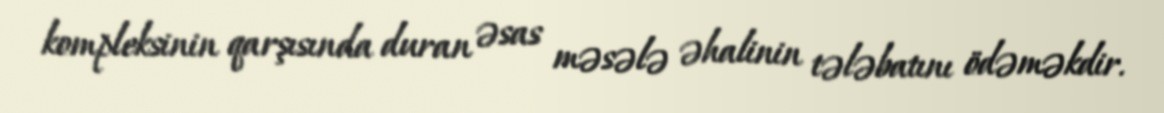
kompleksinin qarşısında duran əsas məsələ əhalinin tələbatını ödəməkdir.